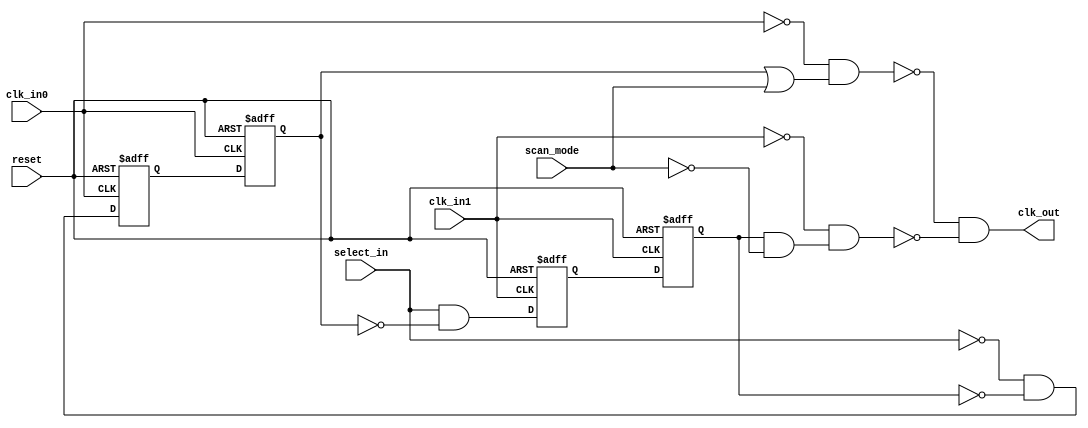
//----------------------------------------------------------------------------
// Copyright (C) 2009 , Olivier Girard
//
// Redistribution and use in source and binary forms, with or without
// modification, are permitted provided that the following conditions
// are met:
//     * Redistributions of source code must retain the above copyright
//       notice, this list of conditions and the following disclaimer.
//     * Redistributions in binary form must reproduce the above copyright
//       notice, this list of conditions and the following disclaimer in the
//       documentation and/or other materials provided with the distribution.
//     * Neither the name of the authors nor the names of its contributors
//       may be used to endorse or promote products derived from this software
//       without specific prior written permission.
//
// THIS SOFTWARE IS PROVIDED BY THE COPYRIGHT HOLDERS AND CONTRIBUTORS "AS IS"
// AND ANY EXPRESS OR IMPLIED WARRANTIES, INCLUDING, BUT NOT LIMITED TO, THE
// IMPLIED WARRANTIES OF MERCHANTABILITY AND FITNESS FOR A PARTICULAR PURPOSE
// ARE DISCLAIMED. IN NO EVENT SHALL THE COPYRIGHT HOLDER OR CONTRIBUTORS BE
// LIABLE FOR ANY DIRECT, INDIRECT, INCIDENTAL, SPECIAL, EXEMPLARY,
// OR CONSEQUENTIAL DAMAGES (INCLUDING, BUT NOT LIMITED TO, PROCUREMENT OF
// SUBSTITUTE GOODS OR SERVICES; LOSS OF USE, DATA, OR PROFITS; OR BUSINESS
// INTERRUPTION) HOWEVER CAUSED AND ON ANY THEORY OF LIABILITY, WHETHER IN
// CONTRACT, STRICT LIABILITY, OR TORT (INCLUDING NEGLIGENCE OR OTHERWISE)
// ARISING IN ANY WAY OUT OF THE USE OF THIS SOFTWARE, EVEN IF ADVISED OF
// THE POSSIBILITY OF SUCH DAMAGE
//
//----------------------------------------------------------------------------
//
// *File Name: omsp_clock_mux.v
//
// *Module Description:
//                       Standard clock mux for the openMSP430
//
// *Author(s):
//              - Olivier Girard,    olgirard@gmail.com
//
//----------------------------------------------------------------------------
// $Rev: 103 $
// $LastChangedBy: olivier.girard $
// $LastChangedDate: 2011-03-05 15:44:48 +0100 (Sat, 05 Mar 2011) $
//----------------------------------------------------------------------------

module  omsp_clock_mux (

// OUTPUTs
    clk_out,                   // Clock output

// INPUTs
    clk_in0,                   // Clock input 0
    clk_in1,                   // Clock input 1
    reset,                     // Reset
    scan_mode,                 // Scan mode (clk_in0 is selected in scan mode)
    select_in                  // Clock selection
);

// OUTPUTs
//=========
output         clk_out;        // Clock output

// INPUTs
//=========
input          clk_in0;        // Clock input 0
input          clk_in1;        // Clock input 1
input          reset;          // Reset
input          scan_mode;      // Scan mode (clk_in0 is selected in scan mode)
input          select_in;      // Clock selection


//===========================================================================================================================//
// 1)  CLOCK MUX                                                                                                             //
//===========================================================================================================================//
//                                                                                                                           //
//    The following (glitch free) clock mux is implemented as following:                                                     //
//                                                                                                                           //
//                                                                                                                           //
//                                                                                                                           //
//                                                                                                                           //
//                                   +-----.     +--------+   +--------+                                                     //
//    select_in >>----+-------------O|      \    |        |   |        |          +-----.                                    //
//                    |              |       |---| D    Q |---| D    Q |--+-------|      \                                   //
//                    |     +-------O|      /    |        |   |        |  |       |       |O-+                               //
//                    |     |        +-----'     |        |   |        |  |   +--O|      /   |                               //
//                    |     |                    |   /\   |   |   /\   |  |   |   +-----'    |                               //
//                    |     |                    +--+--+--+   +--+--+--+  |   |              |                               //
//                    |     |                        O            |       |   |              |                               //
//                    |     |                        |            |       |   |              |  +-----.                      //
//       clk_in0 >>----------------------------------+------------+-----------+              +--|      \                     //
//                    |     |                                             |                     |       |----<< clk_out      //
//                    |     |     +---------------------------------------+                  +--|      /                     //
//                    |     |     |                                                          |  +-----'                      //
//                    |     +---------------------------------------------+                  |                               //
//                    |           |                                       |                  |                               //
//                    |           |  +-----.     +--------+   +--------+  |                  |                               //
//                    |           +-O|      \    |        |   |        |  |       +-----.    |                               //
//                    |              |       |---| D    Q |---| D    Q |--+-------|      \   |                               //
//                    +--------------|      /    |        |   |        |          |       |O-+                               //
//                                   +-----'     |        |   |        |      +--O|      /                                   //
//                                               |   /\   |   |   /\   |      |   +-----'                                    //
//                                               +--+--+--+   +--+--+--+      |                                              //
//                                                   O            |           |                                              //
//                                                   |            |           |                                              //
//       clk_in1 >>----------------------------------+------------+-----------+                                              //
//                                                                                                                           //
//                                                                                                                           //
//===========================================================================================================================//

//-----------------------------------------------------------------------------
// Wire declarations
//-----------------------------------------------------------------------------

wire in0_select;
reg  in0_select_s;
reg  in0_select_ss;
wire in0_enable;

wire in1_select;
reg  in1_select_s;
reg  in1_select_ss;
wire in1_enable;

wire clk_in0_inv;
wire clk_in1_inv;
wire clk_in0_scan_fix_inv;
wire clk_in1_scan_fix_inv;
wire gated_clk_in0;
wire gated_clk_in1;

//-----------------------------------------------------------------------------
// Optional scan repair for neg-edge clocked FF
//-----------------------------------------------------------------------------
`ifdef SCAN_REPAIR_INV_CLOCKS
   omsp_scan_mux scan_mux_repair_clk_in0_inv (.scan_mode(scan_mode), .data_in_scan(clk_in0), .data_in_func(~clk_in0), .data_out(clk_in0_scan_fix_inv));
   omsp_scan_mux scan_mux_repair_clk_in1_inv (.scan_mode(scan_mode), .data_in_scan(clk_in1), .data_in_func(~clk_in1), .data_out(clk_in1_scan_fix_inv));
`else
   assign clk_in0_scan_fix_inv = ~clk_in0;
   assign clk_in1_scan_fix_inv = ~clk_in1;
`endif

//-----------------------------------------------------------------------------
// CLK_IN0 Selection
//-----------------------------------------------------------------------------

assign in0_select = ~select_in & ~in1_select_ss;

always @ (posedge clk_in0_scan_fix_inv or posedge reset)
  if (reset) in0_select_s  <=  1'b1;
  else       in0_select_s  <=  in0_select;

always @ (posedge clk_in0              or posedge reset)
  if (reset) in0_select_ss <=  1'b1;
  else       in0_select_ss <=  in0_select_s;

assign in0_enable = in0_select_ss | scan_mode;


//-----------------------------------------------------------------------------
// CLK_IN1 Selection
//-----------------------------------------------------------------------------

assign in1_select =  select_in & ~in0_select_ss;

always @ (posedge clk_in1_scan_fix_inv or posedge reset)
  if (reset) in1_select_s  <=  1'b0;
  else       in1_select_s  <=  in1_select;

always @ (posedge clk_in1     or posedge reset)
  if (reset) in1_select_ss <=  1'b0;
  else       in1_select_ss <=  in1_select_s;

assign in1_enable = in1_select_ss & ~scan_mode;


//-----------------------------------------------------------------------------
// Clock MUX
//-----------------------------------------------------------------------------
//
// IMPORTANT NOTE:
//                  Because the clock network is a critical part of the design,
//                 the following combinatorial logic should be replaced with
//                 direct instanciation of standard cells from target library.
//                  Don't forget the "dont_touch" attribute to make sure
//                 synthesis won't mess it up.
//

// Replace with standard cell INVERTER
assign clk_in0_inv   = ~clk_in0;
assign clk_in1_inv   = ~clk_in1;

// Replace with standard cell NAND2
assign gated_clk_in0 = ~(clk_in0_inv & in0_enable);
assign gated_clk_in1 = ~(clk_in1_inv & in1_enable);


// Replace with standard cell AND2
assign clk_out       =  (gated_clk_in0 & gated_clk_in1);



endmodule // omsp_clock_gate